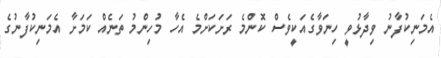
އެމަނިކުފާނު ވިދާޅުވީ ހިނަވާގެއަކީވެސް ކޮންމެ ރަށަކަށްމެ އެހާ މުހިންމު ތަނެއް ކަމަށާ އެމަނިކުފާނުގެ